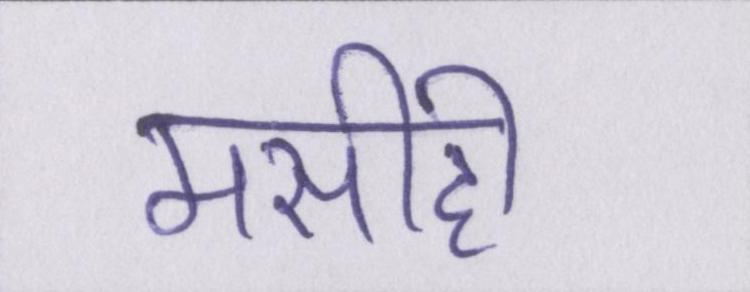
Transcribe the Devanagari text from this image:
मसीही